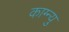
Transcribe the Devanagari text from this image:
काग्न्यु